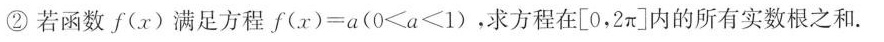
②若函数f(x)满足方程$$f ( x ) = a$$ ($$ 0 < a < 1 )$$，求方程在[0，2π]内的所有实数根之和.